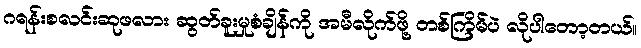
ဂရန်းစလင်းဆုဖလား ဆွတ်ခူးမှုစံချိန်ကို အမီလိုက်ဖို့ တစ်ကြိမ်ပဲ လိုပါတော့တယ်။